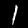
Label: 1